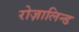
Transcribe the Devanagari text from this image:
रोज़ालिन्ड